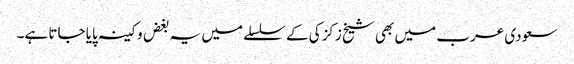
سعودی عرب میں بھی شیخ زکزکی کے سلسلے میں یہ بغض و کینہ پایا جاتا ہے۔